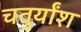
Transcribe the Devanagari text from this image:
चतुर्यांश